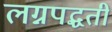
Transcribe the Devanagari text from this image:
लग्नपद्धती